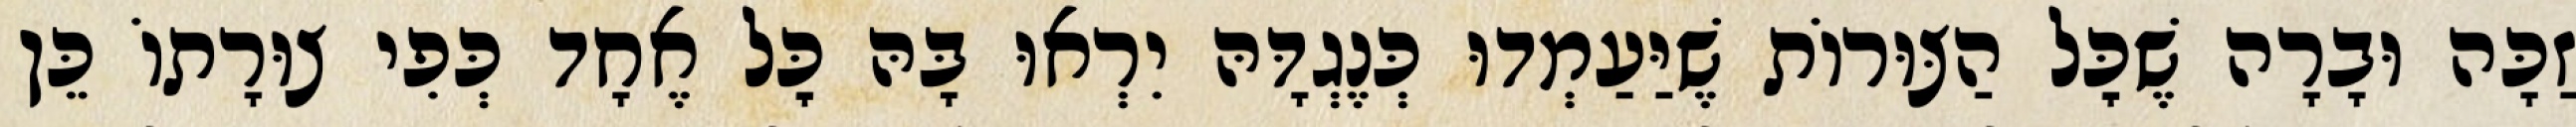
זַכָּה וּבָרָה שֶׁכׇּל הַצּוּרוֹת שֶׁיַּעַמְדוּ כְּנֶגְדָּהּ יִרְאוּ בָּהּ כׇּל אֶחָד כְּפִי צוּרָתוֹ כֵּן